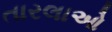
તારલાઓ